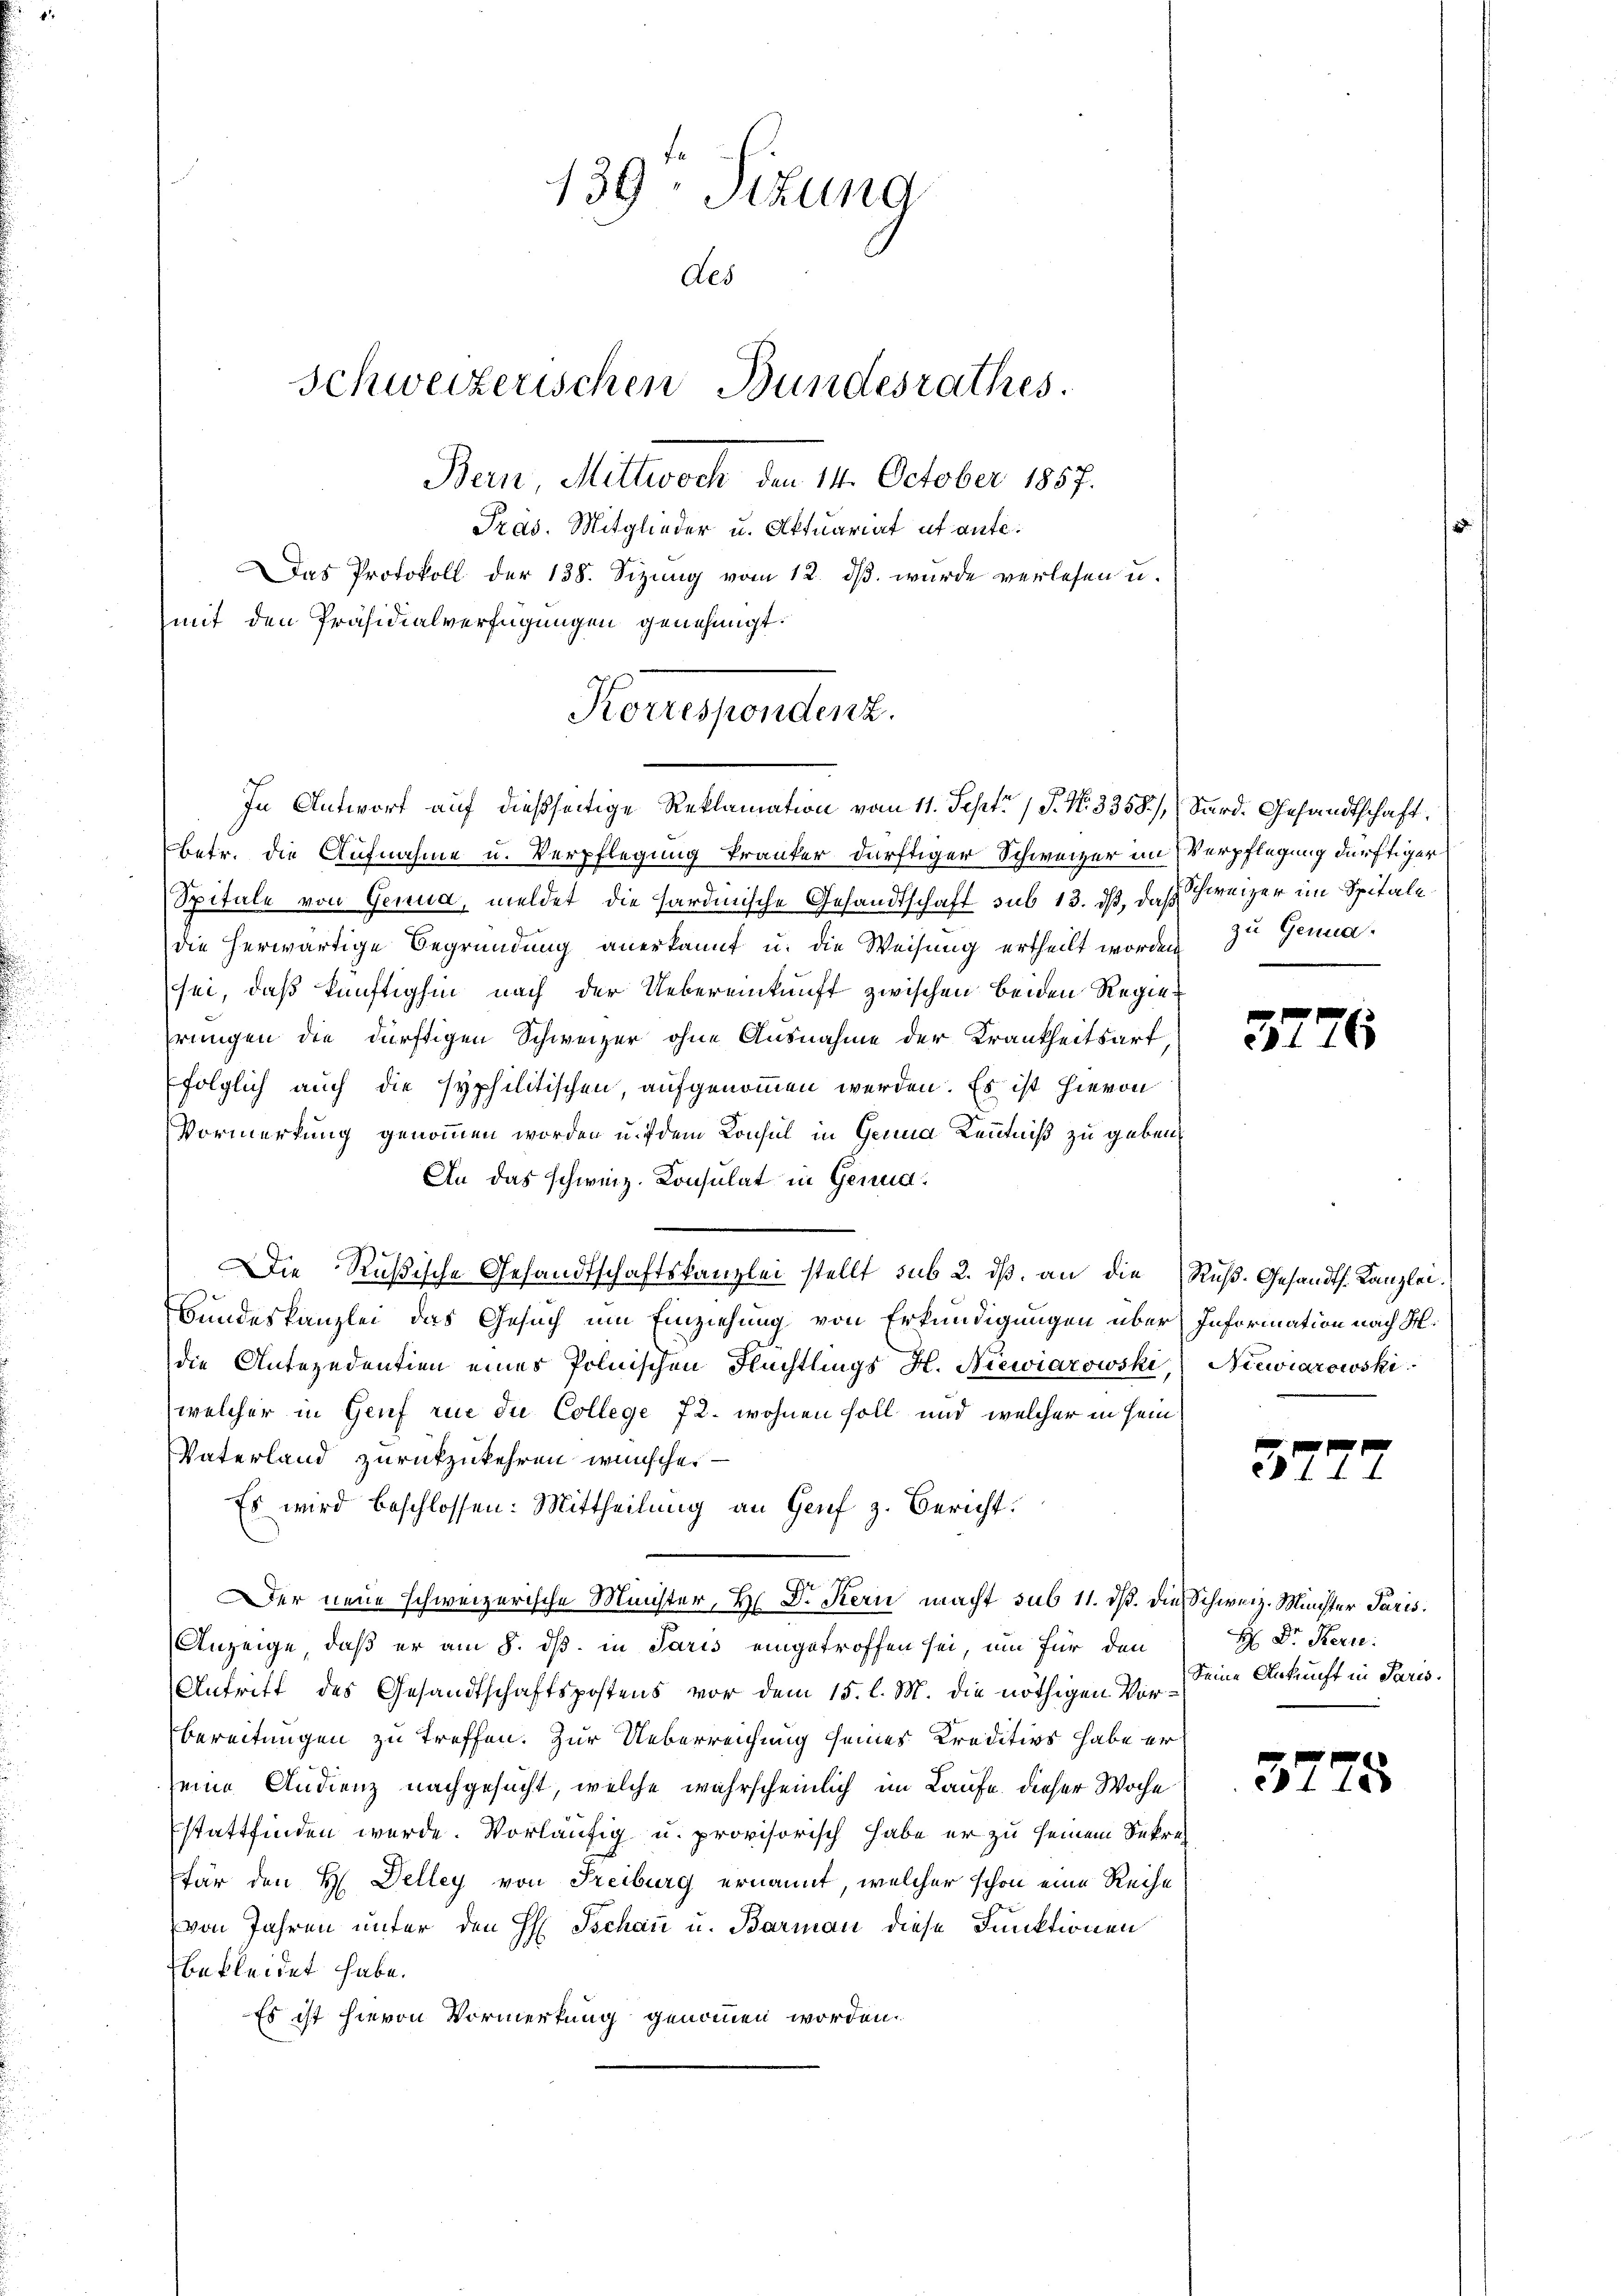
139. Sizung
Aes
Schweizerischen Bundesrathes.
Bern Mittwoch 14. October 1857.
Präs. Mitglieder u. Aktuariat et aufe¬
Das Protokoll der 138. Sizung vom 12. ds. wurde verlesen u.
mit den Präsidialverfügungen genehmigt.

Korrespondenz.
In Antwort auf dießseitige Reklamation vom 11. Sept. 1 P. Nr. 3358), Sard. Gesandtschaft,

betr. die Aufnahme u. Verpflegung kranker dürftiger Schweizer im Verpflegung dürftiger
Spitale von Genua, meldet die Hardinische Gesandtschaft sub 13. ds, daß Schweizer im Spitale
die herwärtige Begründung anerkannt u. die Weisung ertheilt worden 3ten Genua
sei, daß künftighin nach der Uebereinkunft zwischen beiden Regierungen die dürftigen Schweizer ohne Ausnahme der Krankheitsart
folglich auch die syphilitischen, aufgenommen werden. Es ist hievon
Vormerkung genommen worden u. dem Konsul in Grund Kenntniß zu geben.
An das schweiz. Konsulat in Genud¬
Die Rußische Gesandtschaftskanzlei stellt sub 2. ds. an die Ruß-Gesandth. Kanzlei.
Bundeskanzlei das Gesuch um Einziehung von Erkundigungen über Information nach M.
die Antezedentien eines Polnischen Flüchtlings H. Niewiarowski, Niewiarowski
welcher in Genf rue die College 72. wohnen soll und welcher in sein
Vaterland zurückzukehren wünsche.
Es wird beschlossen: Mittheilung an Genf z. Bericht:
17
Der neue schweizerische Minister, H. Dr. Kern macht sub 11. ds. die Schweiz. Münster Paris.
Anzeige, daß er am 8. ds. in Paris eingetroffen sei, um für den
Antritt des Gesandtschaftspostens vor dem 15. l. M. die nöthigen Vor¬
Bereitungen zu treffen. Zur Ueberreichung seines Kreditivs habe er
seine Andrenz nachgesucht, welche wahrscheinlich im Laufe dieser Woche
stattfinden wurde. Vorläufig u. provisorisch habe er zu seinem Sekrefär den H. Delley von Freiburg ernannt, welcher schon eine Reihe
von Jahren unter den H. Tschau u. Barman diese Funktionen
bekleidet habe.
Es ist hievon Vormerkung genommen worden.

3776

57.

H Dr. Kern.
Seine Ankunft in Paris.

3775